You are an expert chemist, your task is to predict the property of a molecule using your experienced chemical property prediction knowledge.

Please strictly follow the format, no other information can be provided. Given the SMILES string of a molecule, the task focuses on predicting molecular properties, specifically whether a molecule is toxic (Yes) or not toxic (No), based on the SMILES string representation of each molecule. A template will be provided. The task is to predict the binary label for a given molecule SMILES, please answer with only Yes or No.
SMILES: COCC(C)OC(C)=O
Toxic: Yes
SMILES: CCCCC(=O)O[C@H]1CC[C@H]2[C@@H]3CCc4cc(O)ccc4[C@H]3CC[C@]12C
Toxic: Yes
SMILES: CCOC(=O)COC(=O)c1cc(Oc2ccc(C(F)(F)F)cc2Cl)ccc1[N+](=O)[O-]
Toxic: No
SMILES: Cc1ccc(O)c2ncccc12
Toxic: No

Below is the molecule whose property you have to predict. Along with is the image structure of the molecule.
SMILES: CC1(C)C2=CCCC(C)(C)[C@]23CC[C@H]1C3
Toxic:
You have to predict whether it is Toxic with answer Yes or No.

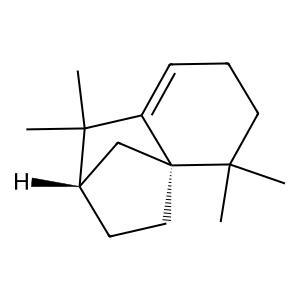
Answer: No